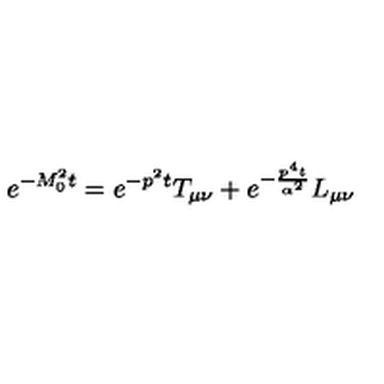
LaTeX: e ^ { - M _ { 0 } ^ { 2 } t } = e ^ { - p ^ { 2 } t } T _ { \mu \nu } + e ^ { - \frac { p ^ { 4 } t } { \alpha ^ { 2 } } } L _ { \mu \nu }